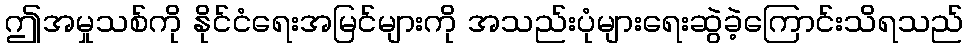
ဤအမှုသစ်ကို နိုင်ငံရေးအမြင်များကို အသည်းပုံများရေးဆွဲခဲ့ကြောင်းသိရသည်